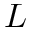
L